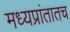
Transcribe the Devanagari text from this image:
मध्यप्रांतातच